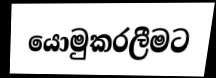
යොමුකරලීමට